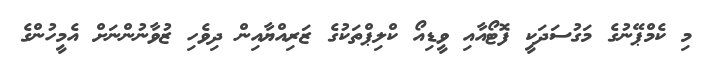
މި ކެމްޕޭނުގެ މަގުސަދަކީ ފޮޓޯއާއި ވީޑިއޯ ކްލިޕްތަކުގެ ޒަރިއްޔާއިން ދިވެހި ޒުވާނުންނަށް އެމީހުންގެ